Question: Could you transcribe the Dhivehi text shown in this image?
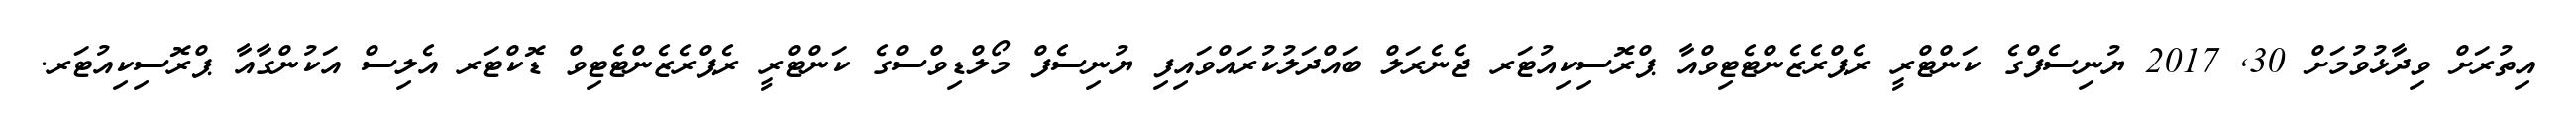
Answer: އިތުރަށް ވިދާޅުވުމަށް 30, 2017 ޔުނިސެފްގެ ކަންޓްރީ ރެޕްރެޒެންޓެޓިވްއާ ޕްރޮސިކިއުޓަރ ޖެނެރަލް ބައްދަލުކުރައްވައިފި ޔުނިސެފް މޯލްޑިވްސްގެ ކަންޓްރީ ރެޕްރެޒެންޓެޓިވް ޑޮކްޓަރ އެލިސް އަކުންގާއާ ޕްރޮސިކިއުޓަރ.